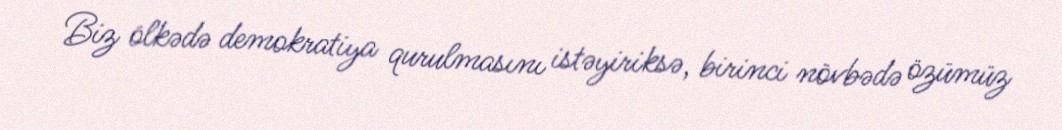
Biz ölkədə demokratiya qurulmasını istəyiriksə, birinci növbədə özümüz